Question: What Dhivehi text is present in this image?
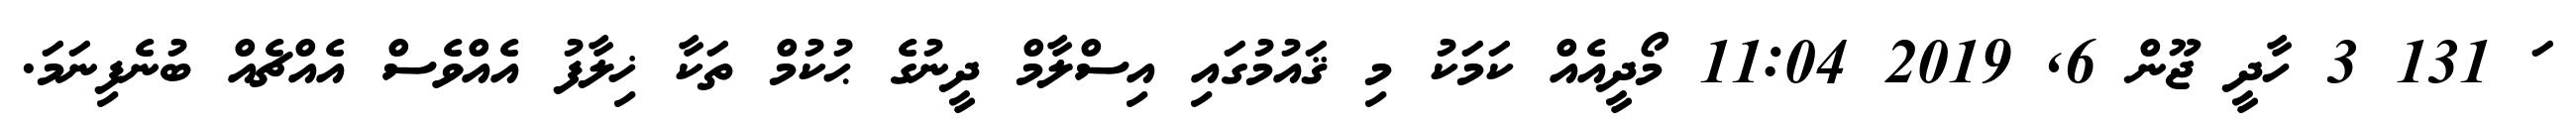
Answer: ަ 131 3 ހާދީ ޖޫން 6, 2019 11:04 މޯދީއެއް ކަމަކު މި ޤައުމުގައި އިސްލާމް ދީނުގެ ޙުކުމް ތަކާ ޚިލާފު އެއްވެސް އެއްޗެއް ބުނެފިނަމަ.